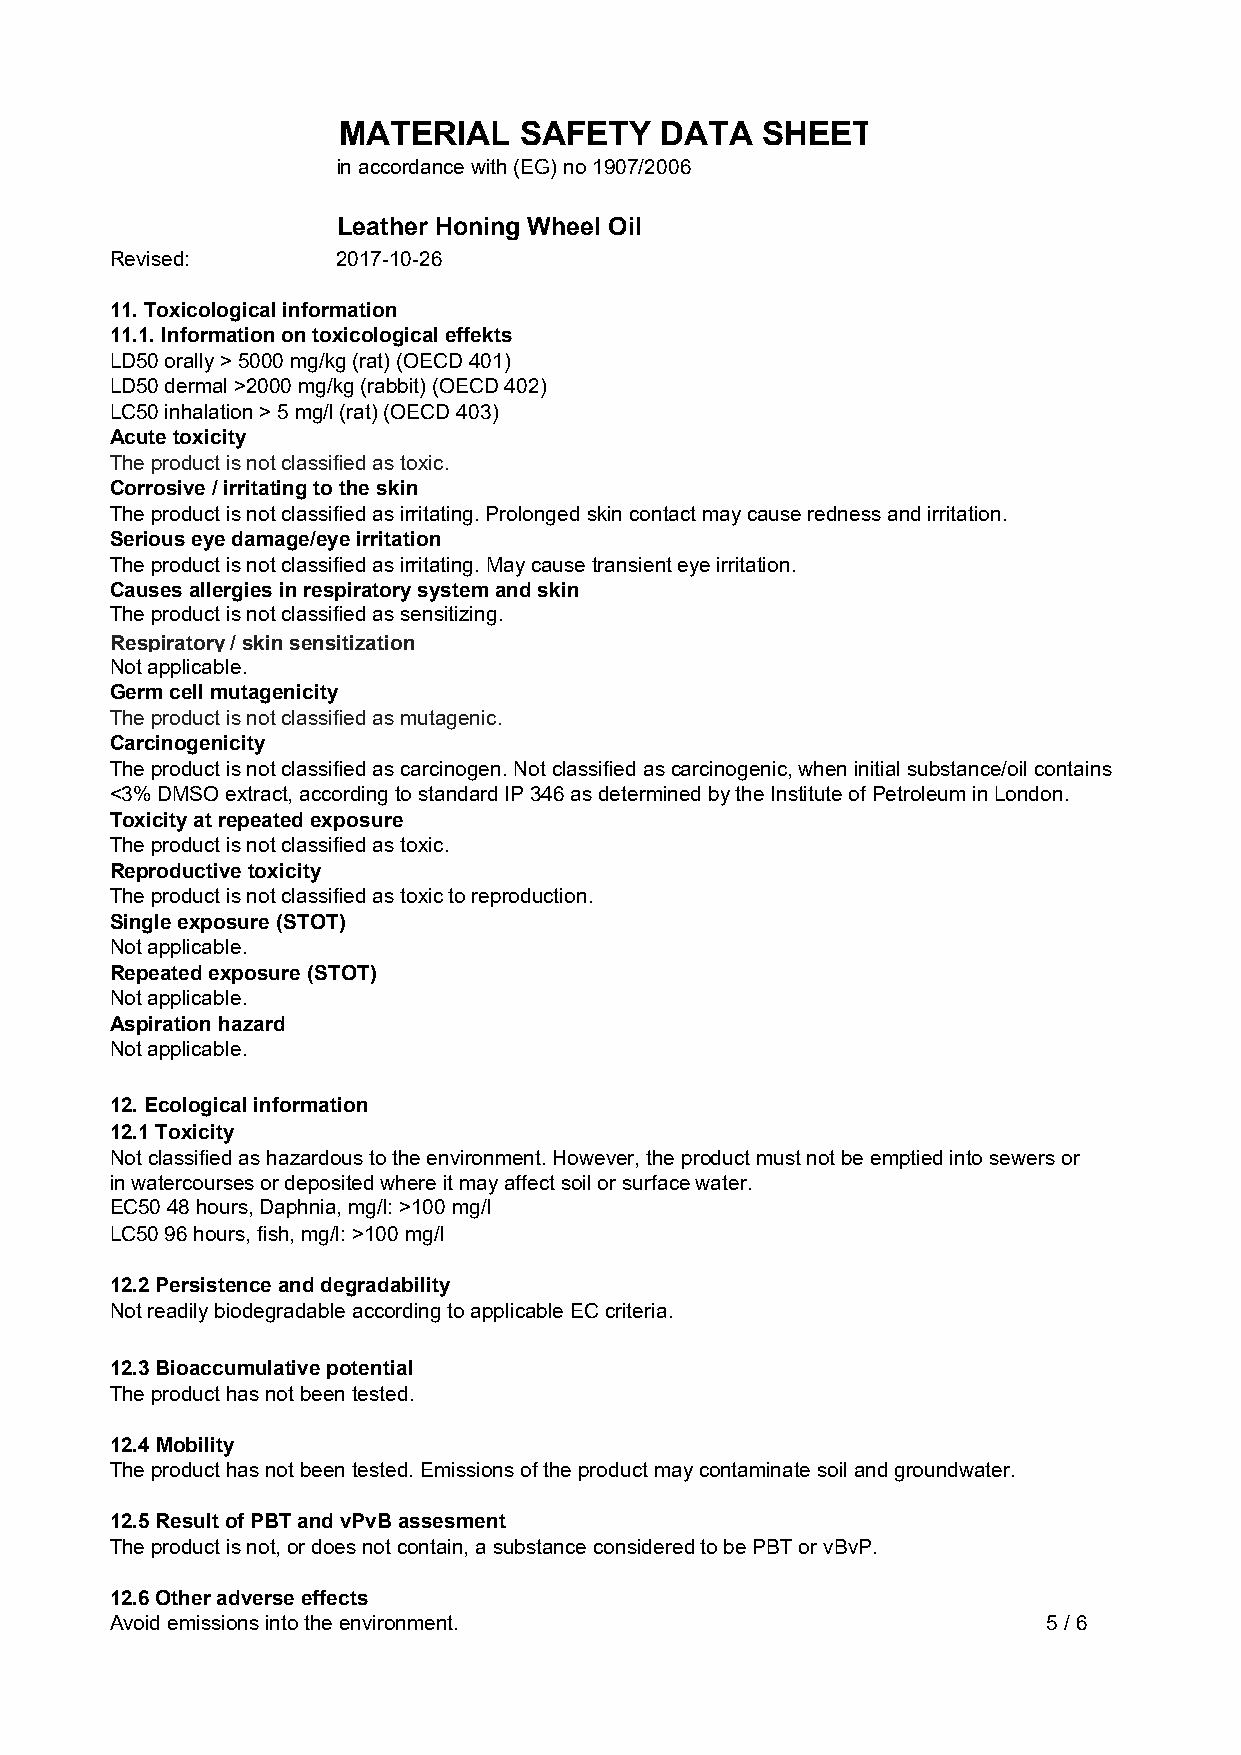
MATERIAL    SAFETY    DATA  SHEET
 in accordance with (EG) no 1907/2006
 Leather Honing Wheel Oil
 Revised:       2017-10-26
 11. Toxicological information
 11.1. Information on toxicological effekts
 LD50 orally > 5000 mg/kg (rat) (OECD 401)
 LD50 dermal >2000 mg/kg (rabbit) (OECD 402)
 LC50 inhalation > 5 mg/l (rat) (OECD 403)
 Acute toxicity
 The product is not classified as toxic.
 Corrosive / irritating to the skin
 The product is not classified as irritating. Prolonged skin contact may cause redness and irritation.
 Serious eye damage/eye irritation
 The product is not classified as irritating. May cause transient eye irritation.
 Causes allergies in respiratory system and skin
 The product is not classified as sensitizing.
 Respiratory / skin sensitization
 Not applicable.
 Germ cell mutagenicity
 The product is not classified as mutagenic.
 Carcinogenicity
 The product is not classified as carcinogen. Not classified as carcinogenic, when initial substance/oil contains
 <3% DMSO extract, according to standard IP 346 as determined by the Institute of Petroleum in London.
 Toxicity at repeated exposure
 The product is not classified as toxic.
 Reproductive toxicity
 The product is not classified as toxic to reproduction.
 Single exposure (STOT)
 Not applicable.
 Repeated exposure (STOT)
 Not applicable.
 Aspiration hazard
 Not applicable.
 12. Ecological information
 12.1 Toxicity
 Not classified as hazardous to the environment. However, the product must not be emptied into sewers or
 in watercourses or deposited where it may affect soil or surface water.
 EC50 48 hours, Daphnia, mg/l: >100 mg/l
 LC50 96 hours, fish, mg/l: >100 mg/l
 12.2 Persistence and degradability
 Not readily biodegradable according to applicable EC criteria.
 12.3 Bioaccumulative potential
 The product has not been tested.
 12.4 Mobility
 The product has not been tested. Emissions of the product may contaminate soil and groundwater.
 12.5 Result of PBT and vPvB assesment
 The product is not, or does not contain, a substance considered to be PBT or vBvP.
 12.6 Other adverse effects
 Avoid emissions into the environment.                         5 / 6